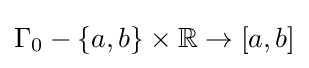
\Gamma _{0}-\{a,b\}\times \mathbb {R} \to [a,b]